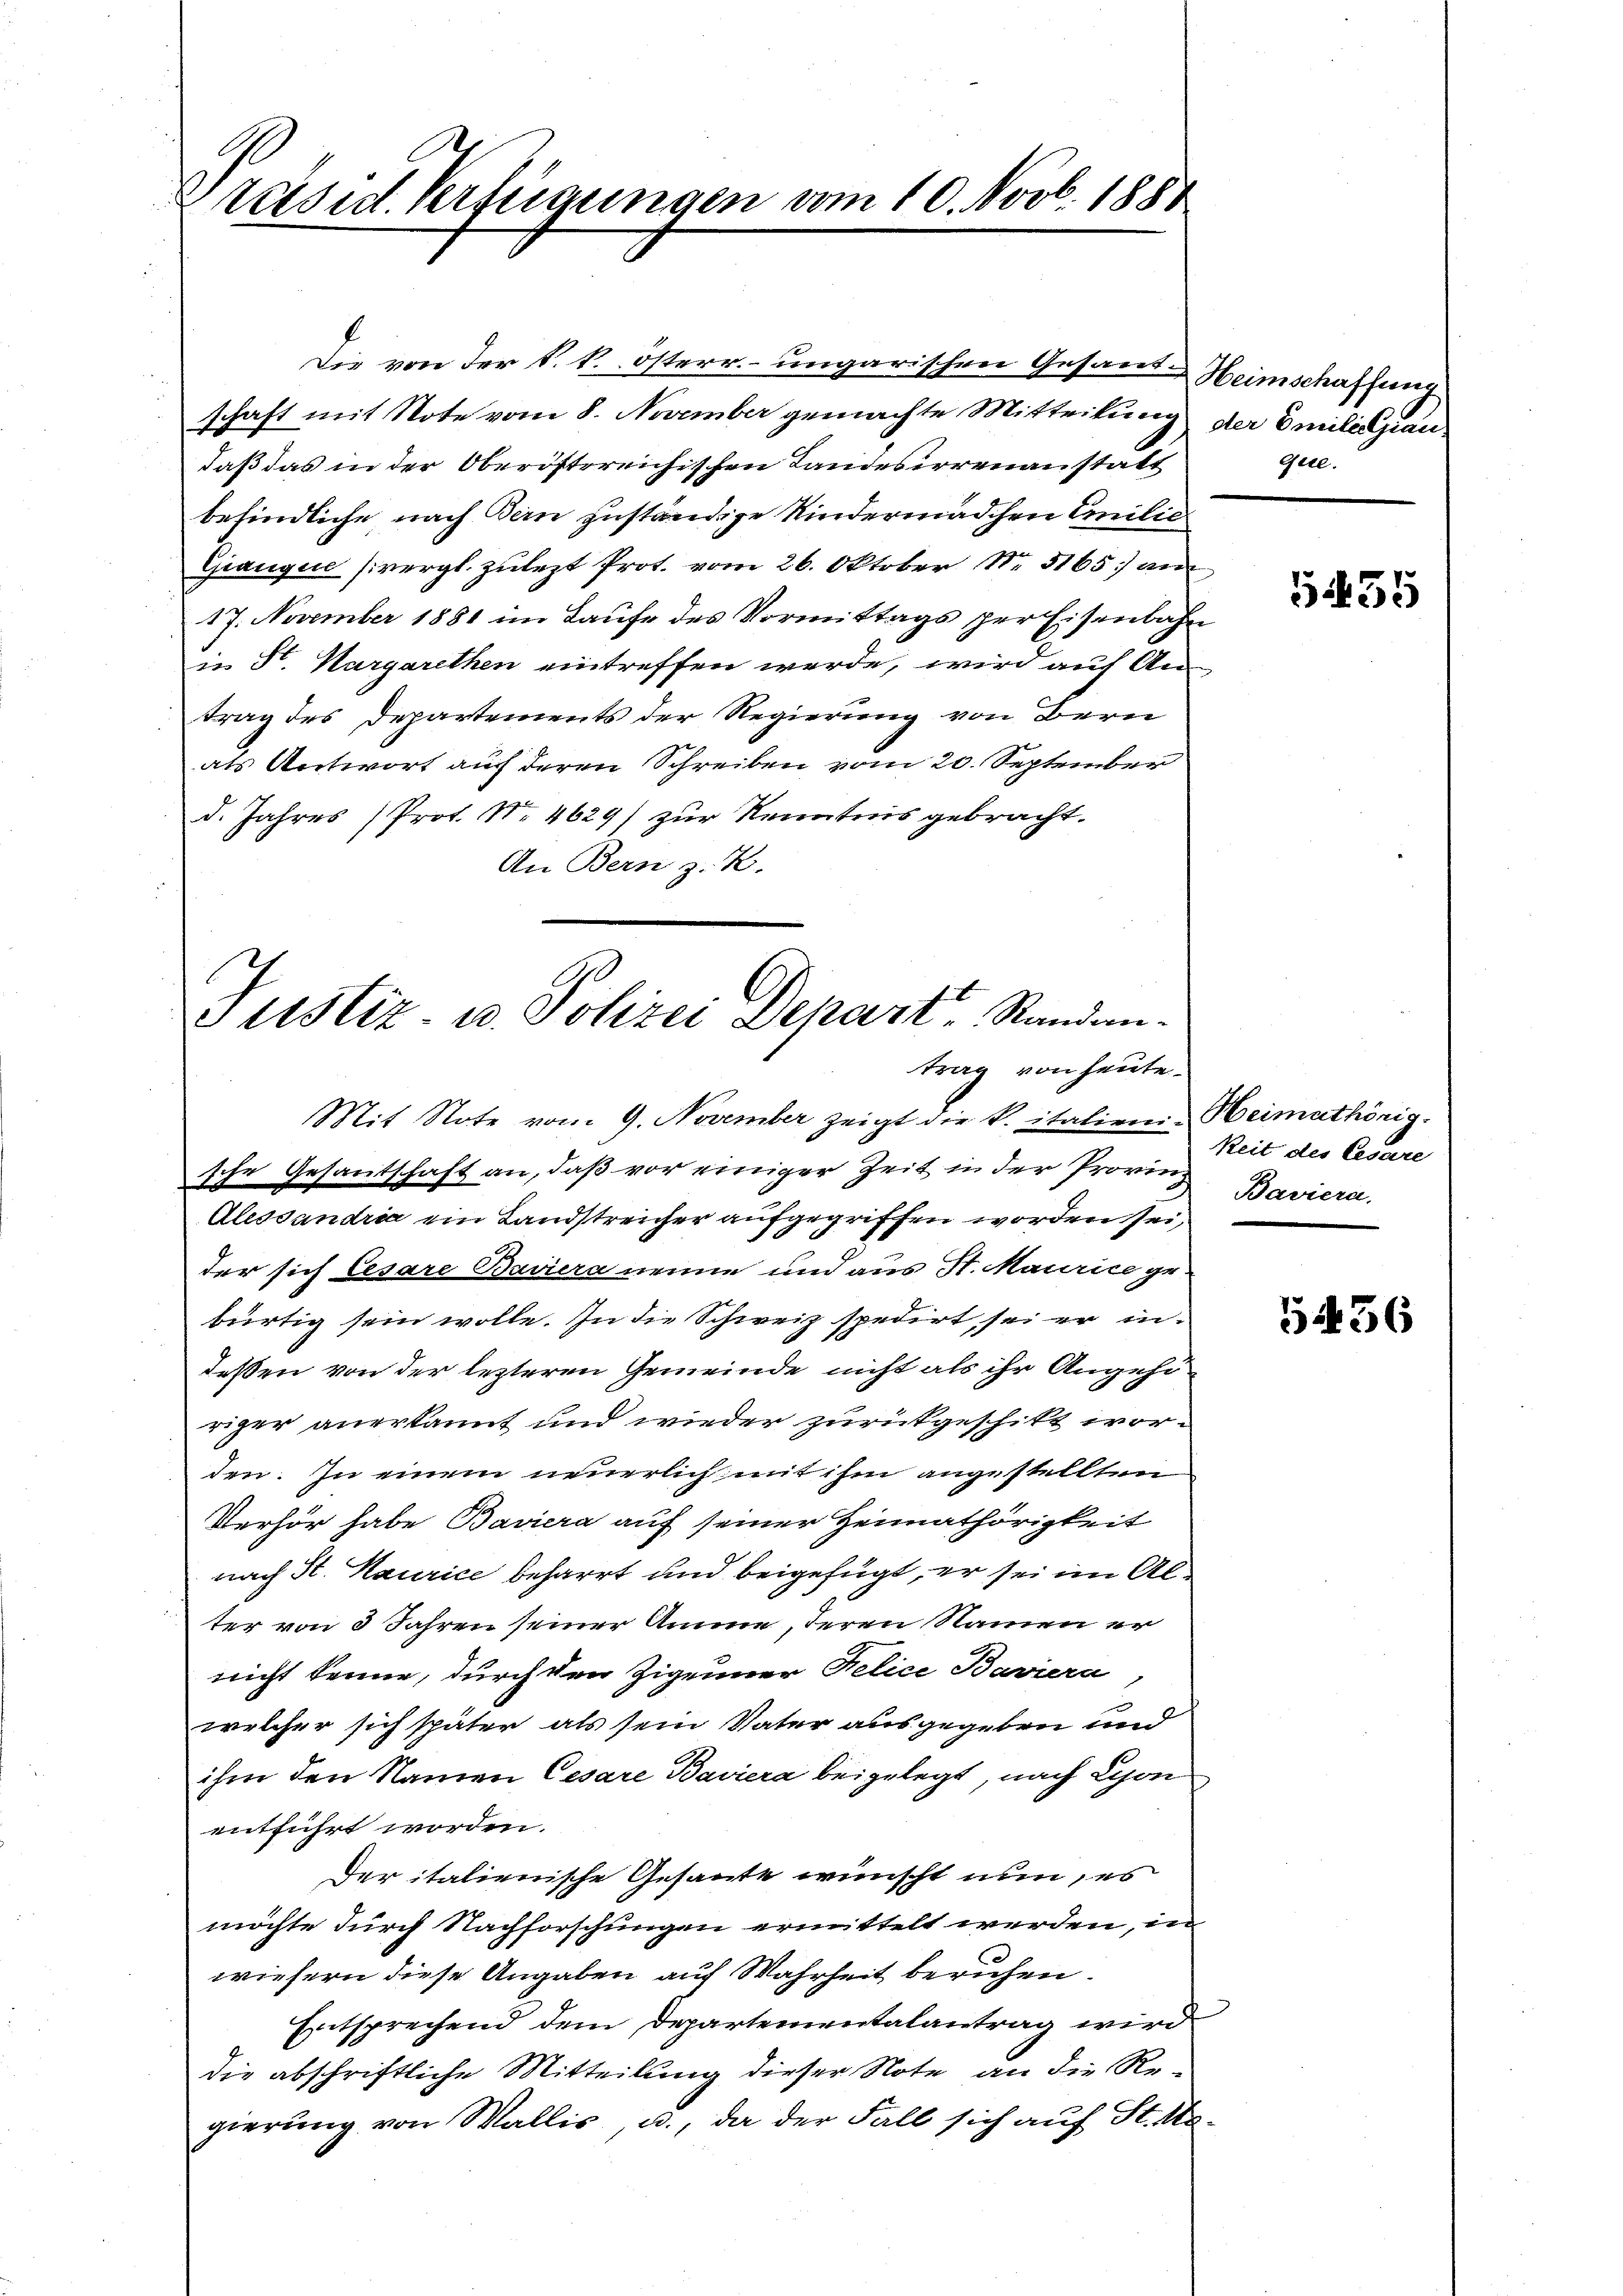
Präsid. Verfügungen vom 10. Novb. 1888

schaft mit Note vom 8. November gemachte Mitteilung der Emilitzian
daß das in der Oberöstereichischen Landesirrenanstätt
befindliche, nach Bern zuständige Kindermädchen Emilie
Gianque sivergl. zulezt Prot. vom 26. Oktober Nr. 3165) an
17. November 1881 im Laufe des Vormittags per Eisenbahn
in St. Margarethen eintreffen werde, wird auf Antrag des Departements der Regierung von Bern
als Antwort auch deren Schreiben vom 20. September
d. Jahres Prot. N. 4629) zur Kenntnis gebracht.
An Bern z. R.

Justiz- u. Polizei Depart Randen.
trag von heute.

Die von der k. k. österr. ungarischen Gesamte Heimschaffung

Gete.

Mit Note vom 9. November zeigt die k. italien-Heimathörig.
sche Gesandtschaft an, daß vor einiger Zeit in der Provinz
Alessandria ein Landstreicher aufgegriffen worden sei,
der sich Cesare Baviera nenne und aus St. Maurice ge-
bürtig sein wolle. In die Schweiz spedirt, sei er in
deßen von der lezteren Gemeinde nicht als ihr Angehöriger anerkannt und wieder zurückgeschikt worden. In einem neuerlich mit ihm angestellten
Verhör habe Baviera auf seiner Heimathörigkeit
nach St. Maurice beharrt und beigefügt, er sei im Alter von 3 Jahren seiner Amine, deren Namen er
nicht kenne, durch den Zigeuner Felice Baviera
welcher sich später als sein Vater ausgegeben und
ihm den Namen Cesare Baviera beigelegt, nach Lyon
entführt worden.
Der italienische Gesante wünscht nun, es
möchte durch Nachforschungen ermittelt werden, in
wiesern diese Angaben auf Wahrheit beruhen.
Entsprechend dem Departementalantrag wird
die abschriftliche Mitteilung dieser Note an die Regierung von Wallis, u., da der Fall sich auf St. Ma¬

5455

keit des Cesare
Baviera.

5436